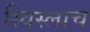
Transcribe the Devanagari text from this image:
स्विस्लाच